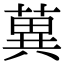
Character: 䔬